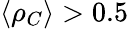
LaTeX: \langle\rho_{C}\rangle>0.5